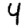
Digit: 4